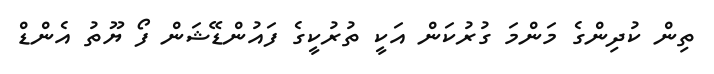
ތިން ކުދިންގެ މަންމަ ގުރުކަން އަކީ ތުރުކީގެ ފައުންޑޭޝަން ފޯ ޔޫތު އެންޑް